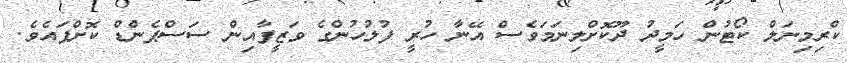
ކްރިމިނަލް ކޯޓުން ހަމީދު ދޫކޮށްލިނަމަވެސް އޭނާ ހުރީ ފުލުހުންގެ ވަޒީފާއިން ސަސްޕެންޑް ކޮށްފައެވެ.